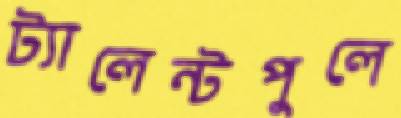
ট্যালেন্টপুলে